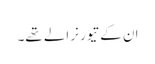
ان کے تیور نرالے تھے۔